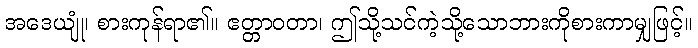
အဒေယျုံ၊ စားကုန်ရာ၏။ ဧတ္တာဝတာ၊ ဤသို့သင်ကဲ့သို့သောဘားကိုစားကာမျှဖြင့်။